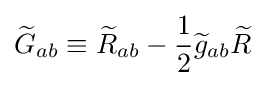
{\widetilde {G}}_{ab}\equiv {\widetilde {R}}_{ab}-{\frac {1}{2}}{\widetilde {g}}_{ab}{\widetilde {R}}